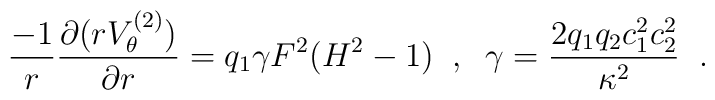
\frac{-1}{r}\frac{\partial(rV^{(2)}_{\theta})}{\partial r}=                                        q_{1}\gamma F^{2}(H^{2}-1) \;\;,              \;\;\gamma=\frac{2q_{1}q_{2}c_{1}^{2}c_{2}^{2}}{\kappa^{2}}\;\;.